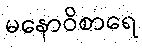
မနောဝိစာရေ